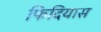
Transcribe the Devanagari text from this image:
फिदियास